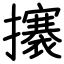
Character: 攐